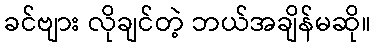
ခင်ဗျား လိုချင်တဲ့ ဘယ်အချိန်မဆို။